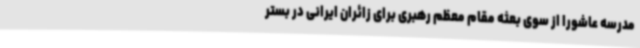
مدرسه عاشورا از سوی بعثه مقام معظم رهبری برای زائران ایرانی در بستر